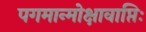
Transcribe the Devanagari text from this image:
पगमान्मोक्षावाप्तिः